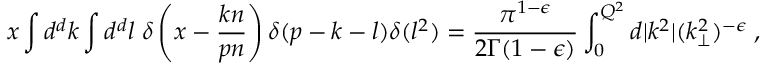
x \int d ^ { d } k \int d ^ { d } l \; \delta \left( x - \frac { k n } { p n } \right) \delta ( p - k - l ) \delta ( l ^ { 2 } ) = \frac { \pi ^ { 1 - \epsilon } } { 2 \Gamma ( 1 - \epsilon ) } \int _ { 0 } ^ { Q ^ { 2 } } d | k ^ { 2 } | ( k _ { \perp } ^ { 2 } ) ^ { - \epsilon } \; ,